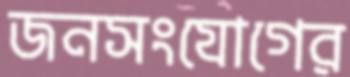
জনসংযোগের